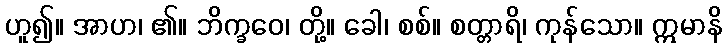
ဟူ၍။ အာဟ၊ ၏။ ဘိက္ခဝေ၊ တို့။ ခေါ၊ စစ်။ စတ္တာရိ၊ ကုန်သော။ ဣမာနိ